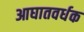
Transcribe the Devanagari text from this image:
आघातवर्धक